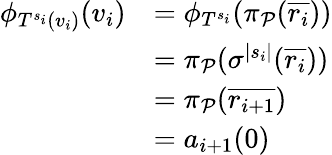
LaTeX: \begin{array}{rl}{\phi_{T^{s_{i}}(v_{i})}(v_{i})}&{=\phi_{T^{s_{i}}}(\pi_{\mathcal{P}}(\overline{{r_{i}}}))}\\ &{=\pi_{\mathcal{P}}(\sigma^{|s_{i}|}(\overline{{r_{i}}}))}\\ &{=\pi_{\mathcal{P}}(\overline{{r_{i+1}}})}\\ &{=a_{i+1}(0)}\end{array}